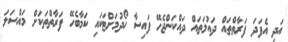
އަދި އެފަދަ ފަރާތްތައް ދައުލަތައް ދައްކަންޖެހޭ ފައިސާ ހޯދުމަށްޓަކައި ކަމާބެހޭ ފަރާތްތަކަށް މައްސަލަ